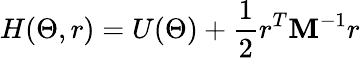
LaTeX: H(\Theta,r)=U(\Theta)+\frac{1}{2}r^{T}\mathbf{M}^{-1}r